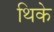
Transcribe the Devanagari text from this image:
थिके